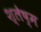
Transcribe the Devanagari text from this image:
श्‍लेष्‍म